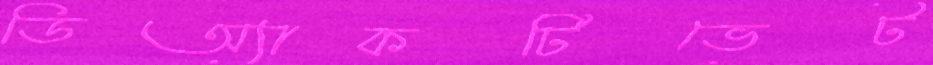
ডিঅ্যাকটিভেট